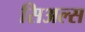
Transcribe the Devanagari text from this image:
सिअल्स